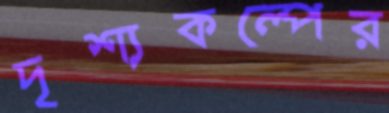
দৃশ্যকল্পের